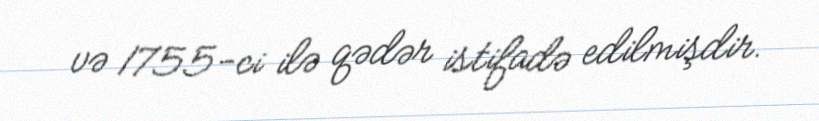
və 1755-ci ilə qədər istifadə edilmişdir.